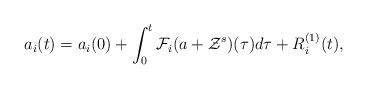
LaTeX: \begin{align*}a_{i}(t)=a_{i}(0)+\int_{0}^{t}\mathcal{F}_{i}(a+\mathcal{Z}^{s})(\tau )d\tau+R^{(1)}_i(t), \end{align*}